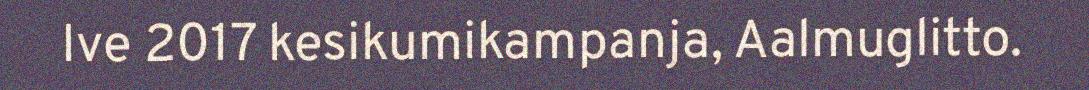
Ive 2017 kesikumikampanja, Aalmuglitto.